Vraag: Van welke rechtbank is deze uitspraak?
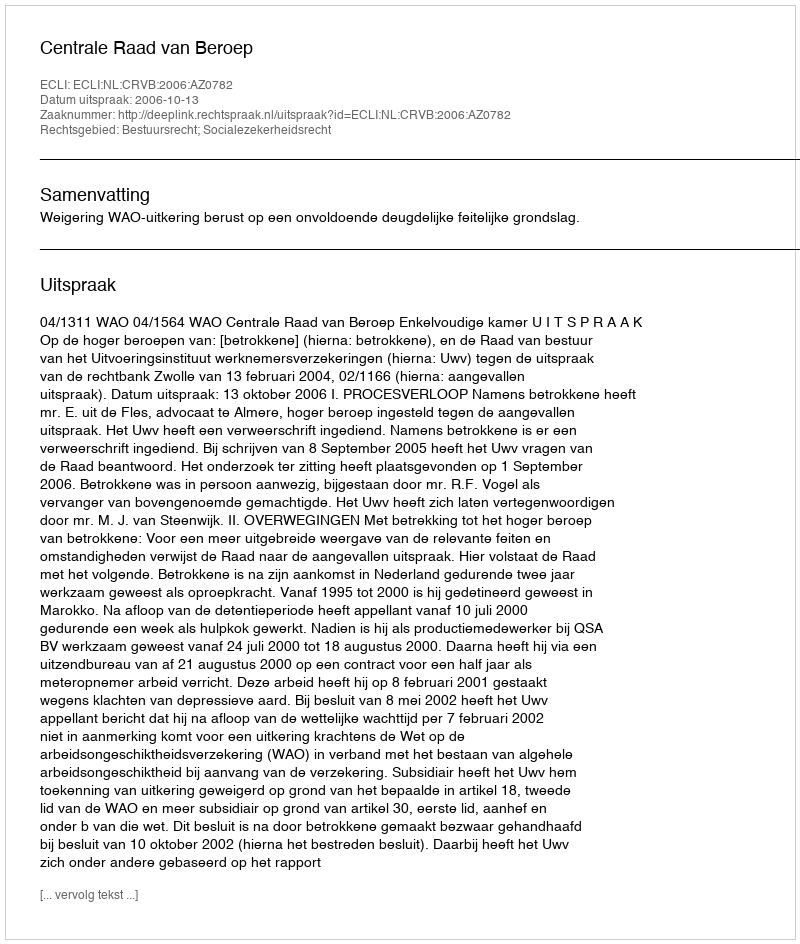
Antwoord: Centrale Raad van Beroep